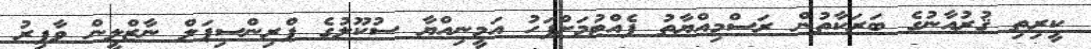
ކީރިތި ޤުރުއާނުގެ ބަރަކާތުން ރަސްމިއްޔާތު ފެއްޓުމަށްފަހު އަމީނިއްޔާ ސުކޫލުގެ ޕްރިންސިޕަލް ނާޒްލީން ވާފިރު